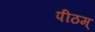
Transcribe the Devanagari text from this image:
पीठम्